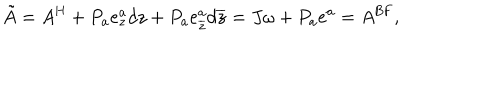
LaTeX: \tilde { A } = A ^ { \mathrm { H } } + P _ { a } e _ { z } ^ { a } d z + P _ { a } e _ { \overline { { { z } } } } ^ { a } d \overline { { { z } } } = J \omega + P _ { a } e ^ { a } = A ^ { \mathrm { B F } } ,